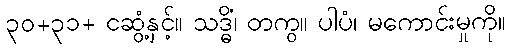
၃၀+၃၁+ ငဆွံ့နှင့်။ သဒ္ဓိံ၊ တကွ။ ပါပံ၊ မကောင်းမှုကို။